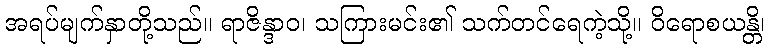
အရပ်မျက်နှာတို့သည်။ ရာဇိန္ဒာဝ၊ သကြားမင်း၏ သက်တင်ရေကဲ့သို့။ ဝိရောစယန္တိ၊